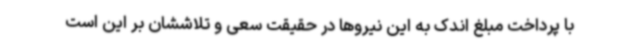
با پرداخت مبلغ اندک به این نیروها در حقیقت سعی و تلاششان بر این است